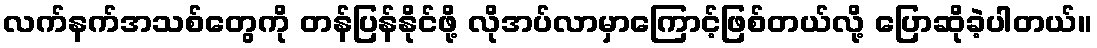
လက်နက်အသစ်တွေကို တန်ပြန်နိုင်ဖို့ လိုအပ်လာမှာကြောင့်ဖြစ်တယ်လို့ ပြောဆိုခဲ့ပါတယ်။